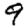
Digit: 9